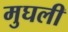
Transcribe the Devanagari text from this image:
मुघली